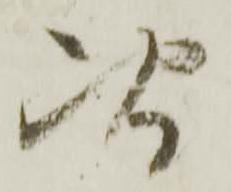
次